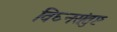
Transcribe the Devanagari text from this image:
विघ्नसंतुष्ट